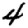
Digit: 4